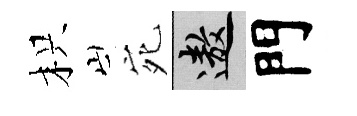
枳宛遨門